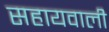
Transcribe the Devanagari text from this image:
सहायवाली